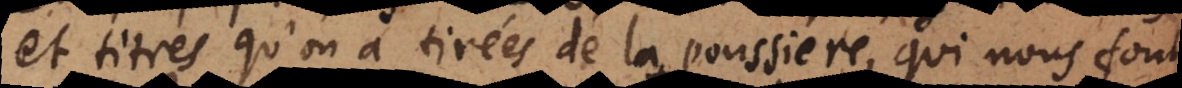
et titres, qu’on a tirées de la poussiere, qui nous font